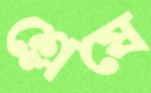
শ্লেষে